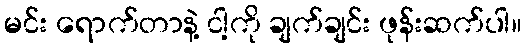
မင်း ရောက်တာနဲ့ ငါ့ကို ချက်ချင်း ဖုန်းဆက်ပါ။